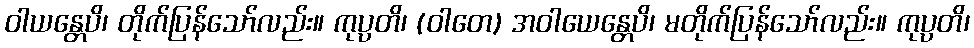
ဝါယန္တေပိ၊ တိုက်ပြန်သော်လည်း။ ကုပ္ပတိ၊ (ဝါတေ) အဝါယေန္တေပိ၊ မတိုက်ပြန်သော်လည်း။ ကုပ္ပတိ၊